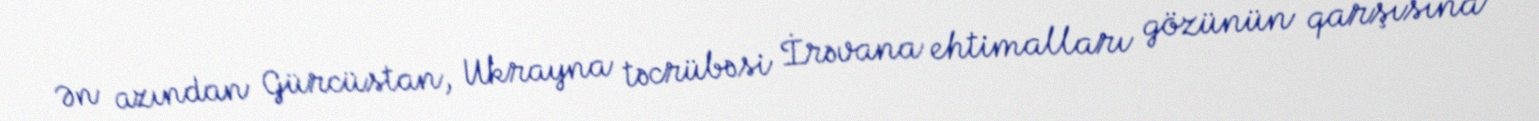
Ən azından Gürcüstan, Ukrayna təcrübəsi İrəvana ehtimalları gözünün qarşısına